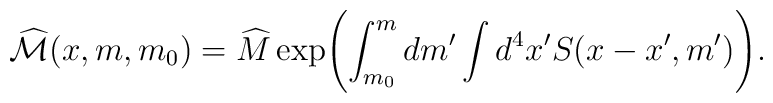
\widehat{{\cal M}}(x, m, m_0) = \widehat{M}\exp \Biggl(\int_{m_0}^m dm' \int d^4x' S(x - x', m') \Biggr).